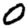
Digit: 0